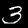
Digit: 3